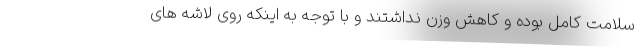
سلامت کامل بوده و کاهش وزن نداشتند و با توجه به اینکه روی لاشه های